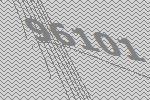
96101